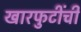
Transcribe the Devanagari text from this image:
खारफुटींची